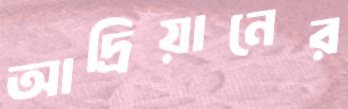
আদ্রিয়ানের